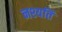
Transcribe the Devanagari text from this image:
नश्यति